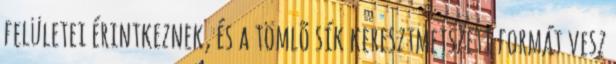
felületei érintkeznek, és a tömlõ sík keresztmetszeti formát vesz